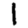
Digit: 1